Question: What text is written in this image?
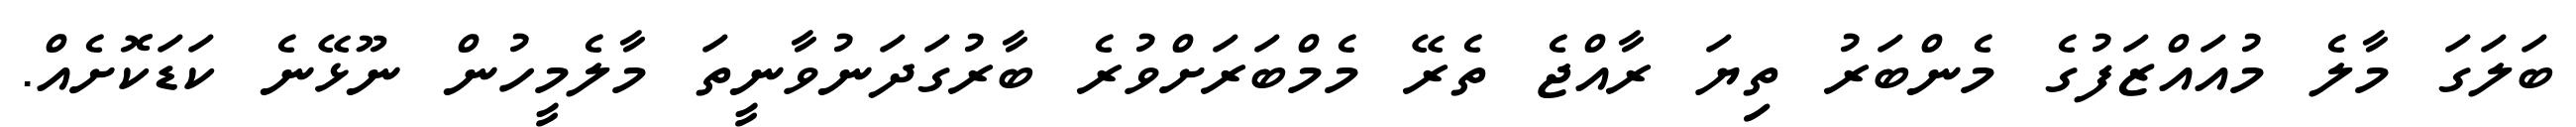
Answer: ބަލަގަ މާލެ މުއައްޒަފުގެ މެންބަރު ތިޔަ ރާއްޖެ ތެރޭ މެމްބަރަށްވުރެ ބާރުގަދަނުވާނީތަ މާލެމީހުން ނޫޅޭނެ ކަޑަކޮށެއް.